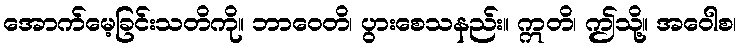
အောက်မေ့ခြင်းသတိကို။ ဘာဝေတိ၊ ပွားစေသနည်း။ ဣတိ၊ ဤသို့။ အဝေါစ၊